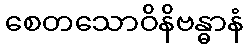
စေတသောဝိနိဗန္ဓာနံ